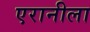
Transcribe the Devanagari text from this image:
एरानीला